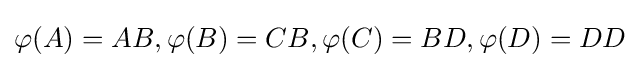
\varphi (A)=AB,\varphi (B)=CB,\varphi (C)=BD,\varphi (D)=DD